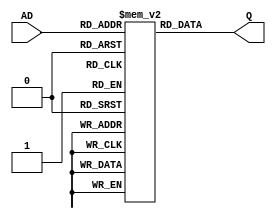
module rom_10bit_64word(AD,
                        Q);
    input [5:0] AD;
    output [9:0] Q;
    
    reg [9:0] q [0:63];
    
    initial begin
        // Hazardous code
        // q[6'd0]  <= {4'b0111, 6'd63};
        // q[6'd1]  <= {4'b1100, 6'd0};
        // q[6'd2]  <= {4'b0110, 6'd1};
        // q[6'd3]  <= {4'b0001, 6'd1};
        // q[6'd4]  <= {4'b0110, 6'd1};
        // q[6'd5]  <= {4'b1100, 6'd3};
        // q[6'd6]  <= {4'b0111, 6'd63};
        // q[6'd7]  <= {4'b1100, 6'd6};
        // q[6'd8]  <= {4'b0110, 6'd1};
        // q[6'd9]  <= {4'b0110, 6'd1};
        // q[6'd10] <= {4'b0001, 6'd1};
        // q[6'd11] <= {4'b1100, 6'd9};
        // q[6'd12] <= {4'b1001, 6'd0};
        // q[6'd13] <= {4'b1011, 6'd13};
        
        // Fixed code
        q[6'd0]  <= {4'b0111, 6'd63};
        q[6'd1]  <= {4'b1100, 6'd0 };
        q[6'd2]  <= {4'b0000, 6'd0 };
        q[6'd3]  <= {4'b0000, 6'd0 };
        q[6'd4]  <= {4'b0000, 6'd0 };
        q[6'd5]  <= {4'b0110, 6'd1 };
        q[6'd6]  <= {4'b0001, 6'd1 };
        q[6'd7]  <= {4'b0110, 6'd1 };
        q[6'd8]  <= {4'b1100, 6'd6 };
        q[6'd9]  <= {4'b0000, 6'd0 };
        q[6'd10] <= {4'b0000, 6'd0 };
        q[6'd11] <= {4'b0000, 6'd0 };
        q[6'd12] <= {4'b0111, 6'd63};
        q[6'd13] <= {4'b1100, 6'd12};
        q[6'd14] <= {4'b0000, 6'd0 };
        q[6'd15] <= {4'b0000, 6'd0 };
        q[6'd16] <= {4'b0000, 6'd0 };
        q[6'd17] <= {4'b0110, 6'd1 };
        q[6'd18] <= {4'b0000, 6'd0 };
        q[6'd19] <= {4'b0110, 6'd1 };
        q[6'd20] <= {4'b0001, 6'd1 };
        q[6'd21] <= {4'b1100, 6'd19};
        q[6'd22] <= {4'b0000, 6'd0 };
        q[6'd23] <= {4'b0000, 6'd0 };
        q[6'd24] <= {4'b0000, 6'd0 };
        q[6'd25] <= {4'b1001, 6'd0 };
        q[6'd26] <= {4'b1011, 6'd26};
        q[6'd27] <= {4'b0000, 6'd0 };
        q[6'd28] <= {4'b0000, 6'd0 };
        q[6'd29] <= {4'b0000, 6'd0 };
    end
    
    assign Q = q[AD];
endmodule